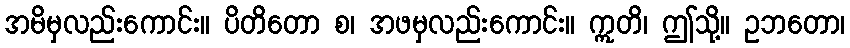
အမိမှလည်းကောင်း။ ပိတိတော စ၊ အဖမှလည်းကောင်း။ ဣတိ၊ ဤသို့။ ဥဘတော၊